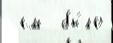
 см  бы́ло